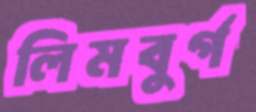
লিমবুর্গ